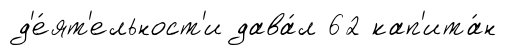
д'е́ят'ельност'и дава́л 62 кап'ита́н